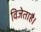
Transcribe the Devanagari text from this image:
विजेताहै।